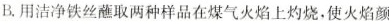
B. 用洁净铁丝蘸取两种样品在煤气火焰上灼烧，使火焰